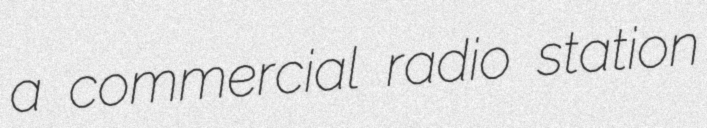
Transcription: a commercial radio station